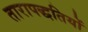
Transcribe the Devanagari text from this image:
तारापद्धतियों